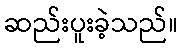
ဆည်းပူးခဲ့သည်။